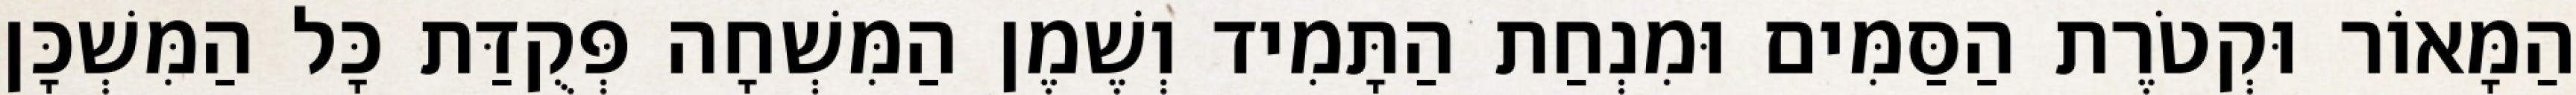
הַמָּאוֹר וּקְטֹרֶת הַסַּמִּים וּמִנְחַת הַתָּמִיד וְשֶׁמֶן הַמִּשְׁחָה פְּקֻדַּת כָּל הַמִּשְׁכָּן